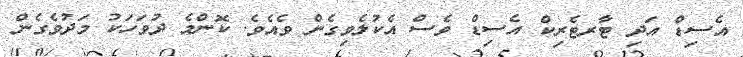
އެސިޑް އަދި ޓާރޓެރިކް އެސިޑް ވެސް އެކުލެވިގެން ވެއެވެ. ކޮންމެ ދުވަހަކު މަދުވެގެން